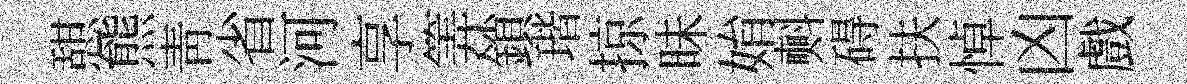
憇熊靑省河享筭鎖瑎掠昧姢㪺碍扶悼凶戲